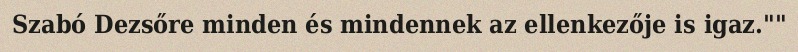
Szabó Dezsőre minden és mindennek az ellenkezője is igaz.""